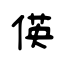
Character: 偀